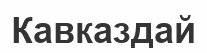
Кавказдай